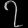
Digit: ၇